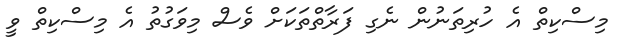
މިސްކިތް އެ ހުރިތަނުން ނެގި ފަރާތްތަކަށް ވެސް މިވަގުތު އެ މިސްކިތް ވީ